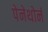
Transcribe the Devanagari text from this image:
पेनेथोर्न